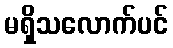
မရှိသလောက်ပင်